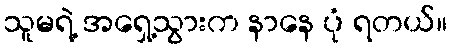
သူမရဲ့ အရှေ့သွားက နာနေ ပုံ ရတယ်။